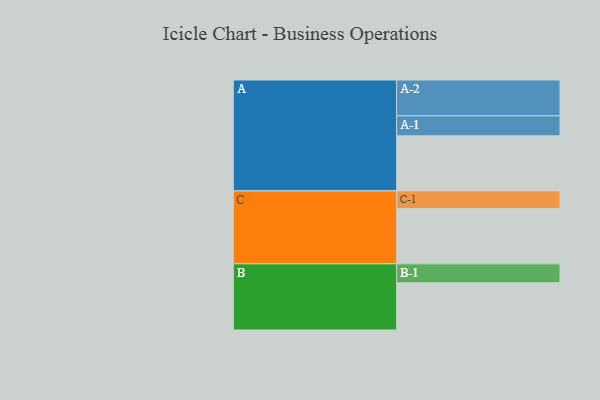
{"axis": {"x": "Segment", "y": "Value"}, "legend": ["", "A", "B", "C"], "data": [{"x": "A", "y": 421, "type": ""}, {"x": "B", "y": 361, "type": ""}, {"x": "C", "y": 422, "type": ""}, {"x": "A-1", "y": 153, "type": "A"}, {"x": "A-2", "y": 274, "type": "A"}, {"x": "B-1", "y": 145, "type": "B"}, {"x": "C-1", "y": 136, "type": "C"}]}